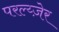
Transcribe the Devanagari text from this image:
परल्य्ज़ेर